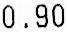
0.90